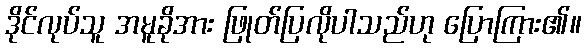
ဒိုင်လုပ်သူ အမူခိုအား ဖြုတ်ပြလိုပါသည်ဟု ပြောကြား၏။